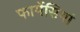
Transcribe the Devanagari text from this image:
फार्मेसियां